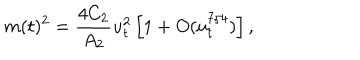
LaTeX: m ( t ) ^ { 2 } = { \frac { 4 C _ { 2 } } { A _ { 2 } } } u _ { t } ^ { 2 } \left[ 1 + O ( u _ { t } ^ { 7 / 4 } ) \right] ,